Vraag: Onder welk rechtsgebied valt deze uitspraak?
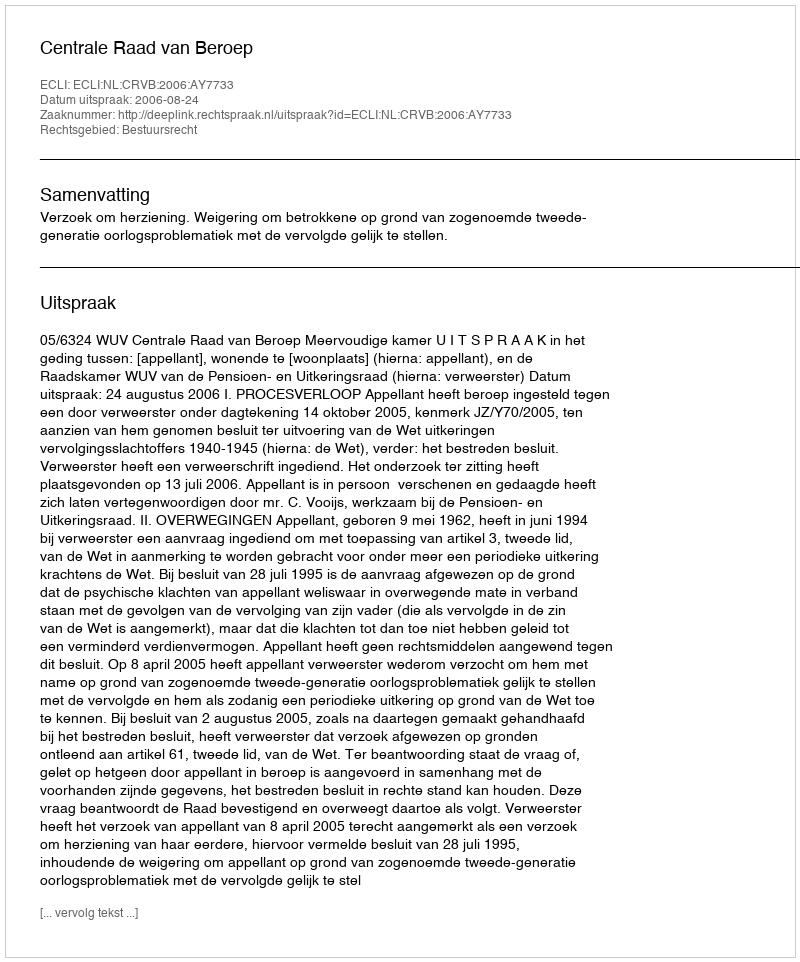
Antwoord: Bestuursrecht